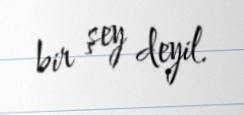
bir şey deyil.